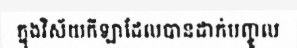
ក្នុងវិស័យកីឡាដែលបានដាក់បញ្ចូល